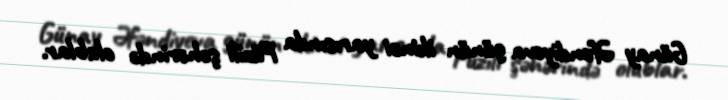
Günay Əfəndiyeva günün ikinci yarısında Füzili şəhərində olublar.